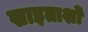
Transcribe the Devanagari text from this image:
खाइताशो